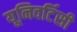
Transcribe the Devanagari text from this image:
यूनिवर्टिसी